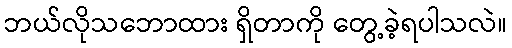
ဘယ်လိုသဘောထား ရှိတာကို တွေ့ခဲ့ရပါသလဲ။